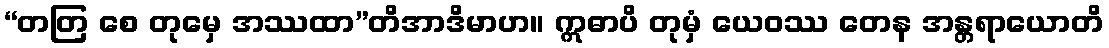
“တတြ စေ တုမှေ အဿထာ”တိအာဒိမာဟ။ ဣဓာပိ တုမှံ ယေဝဿ တေန အန္တရာယောတိ